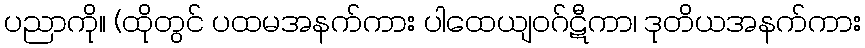
ပညာကို။ (ထိုတွင် ပထမအနက်ကား ပါထေယျဝဂ်ဋီကာ၊ ဒုတိယအနက်ကား